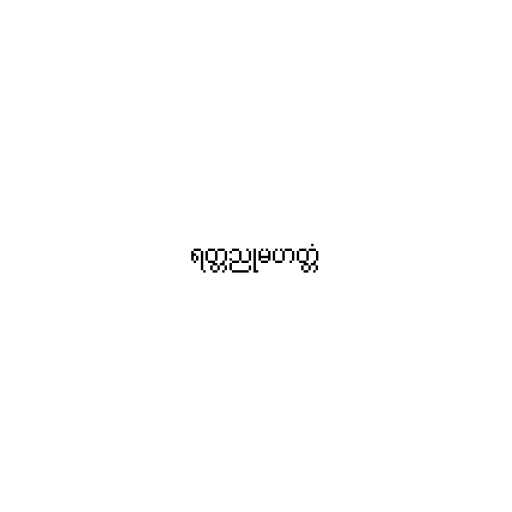
ရတ္တညုမဟတ္တံ